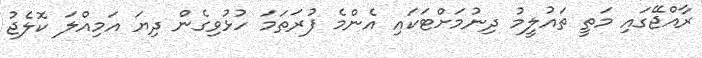
ރާއްޖޭގައި މަތީ ތައުލީމު ދިނުމަށްޓަކައި އެންމެ ފުރަތަމަ ހުޅުވިގެން ދިޔަ އަމިއްލަ ކޮލެޖު